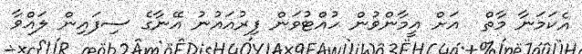
އެކަމަނާ މާތް  އަށް އީމާންވުން ހުއްޓުވަން ފިރުއައުނު އޭނާގެ ސިފައިން ލައްވާ